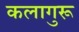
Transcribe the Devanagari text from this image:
कलागुरू